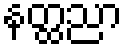
နတ္ထညာ